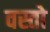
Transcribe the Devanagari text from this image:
वस्तो